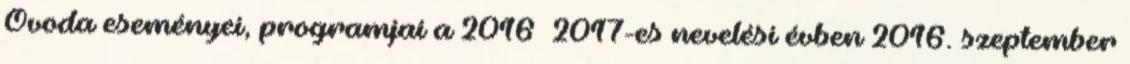
Óvoda eseményei, programjai a 2016 2017-es nevelési évben 2016. szeptember